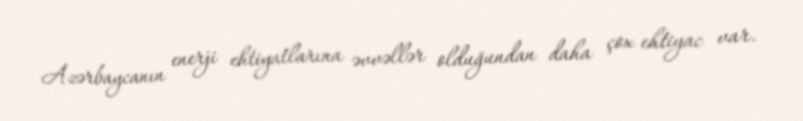
Azərbaycanın enerji ehtiyatlarına əvvəllər olduğundan daha çox ehtiyac var.